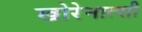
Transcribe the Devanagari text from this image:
खोरेनात्सी